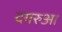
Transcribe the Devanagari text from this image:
दगरुआ